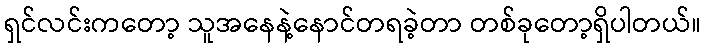
ရှင်လင်းကတော့ သူအနေနဲ့နောင်တရခဲ့တာ တစ်ခုတော့ရှိပါတယ်။